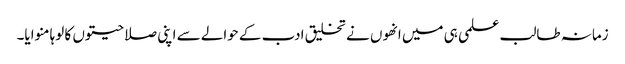
زمانہ طالب علمی ہی میں انھوں نے تخلیق ادب کے حوالے سے اپنی صلاحیتوں کا لوہا منوایا۔